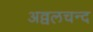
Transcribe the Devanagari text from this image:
अव्वलचन्द